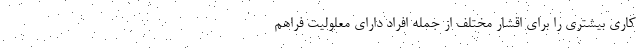
کاری بیشتری را برای اقشار مختلف از جمله افراد دارای معلولیت فراهم